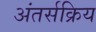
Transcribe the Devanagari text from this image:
अंतर्सक्रिय